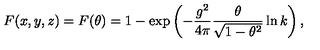
F ( x , y , z ) = F ( \theta ) = 1 - \exp \left( - \frac { g ^ { 2 } } { 4 \pi } \frac { \theta } { \sqrt { 1 - \theta ^ { 2 } } } \ln k \right) ,